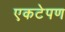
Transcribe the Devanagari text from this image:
एकटेपण